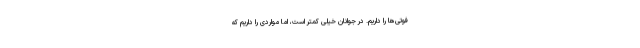
فوتی‌ها را داریم. در جوانان خیلی کمتر است، اما مواردی را داریم که